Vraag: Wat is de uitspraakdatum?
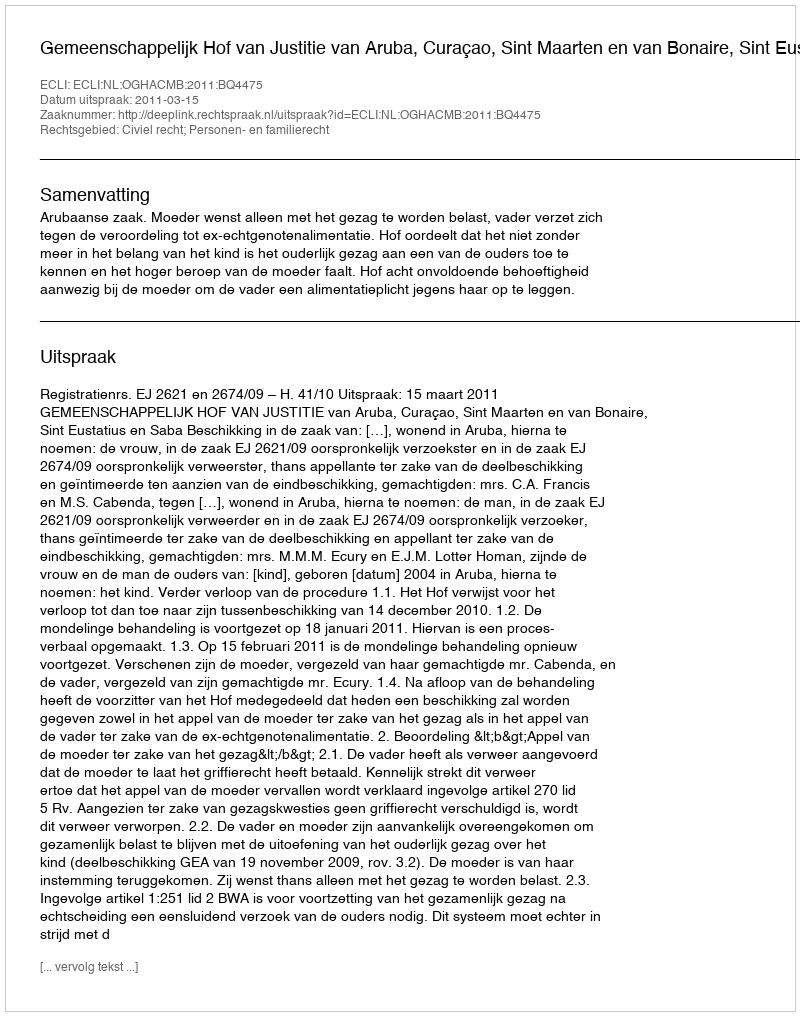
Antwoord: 2011-03-15